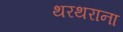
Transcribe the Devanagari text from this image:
थरथराना